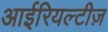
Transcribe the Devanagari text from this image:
आईरियल्टीज़